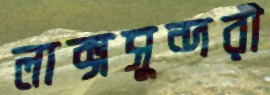
লাক্সসুন্দরী